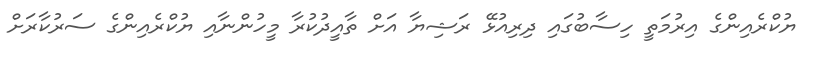
ޔުކްރެއިންގެ އިރުމަތީ ހިސާބުގައި ދިރިއުޅޭ ރަޝިޔާ އަށް ތާއީދުކުރާ މީހުންނާއި ޔުކްރެއިންގެ ސަރުކާރަށް